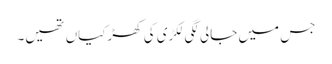
جس میں جالی لگی لکڑی کی کھڑکیاں تھیں۔